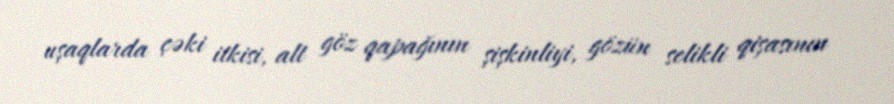
uşaqlarda çəki itkisi, alt göz qapağının şişkinliyi, gözün selikli qişasının